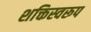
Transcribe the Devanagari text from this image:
शक्तिस्वरूप